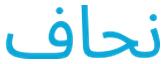
نحاف